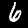
Label: 6